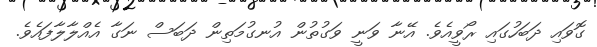
ގޮވައި ދަބަހުގައި ރޯވީއެވެ. އޭނާ ވަނީ ވަގުތުން އުނގުމަތިން ދަބަސް ނަގާ އެއްލާލާފައެވެ.